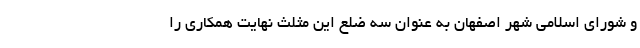
و شورای اسلامی شهر اصفهان به عنوان سه ضلع این مثلث نهایت همکاری را